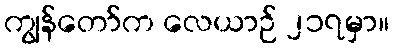
ကျွန်တော်က လေယာဉ် ၂၁၇မှာ။